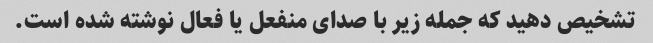
تشخیص دهید که جمله زیر با صدای منفعل یا فعال نوشته شده است.